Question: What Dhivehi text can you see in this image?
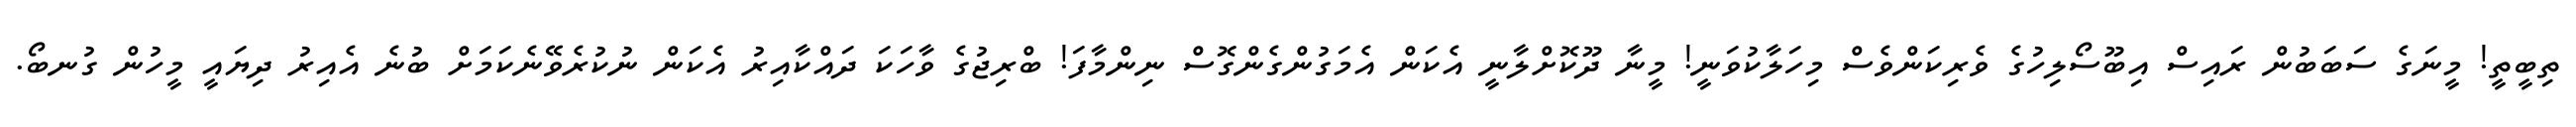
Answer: ތިބީތީ! މީނަގެ ސަބަބުން ރައިސް އިބޫސޯލިހުގެ ވެރިކަންވެސް މިހަލާކުވަނީ! މީނާ ދޫކޮށްލާނީ އެކަން އެމަގުންގެންގޮސް ނިންމާފަ! ބްރިޖުގެ ވާހަކަ ދައްކާއިރު އެކަން ނުކުރެވޭނެކަމަށް ބުނެ އެއިރު ދިޔައީ މީހުން ގުނބޯ.